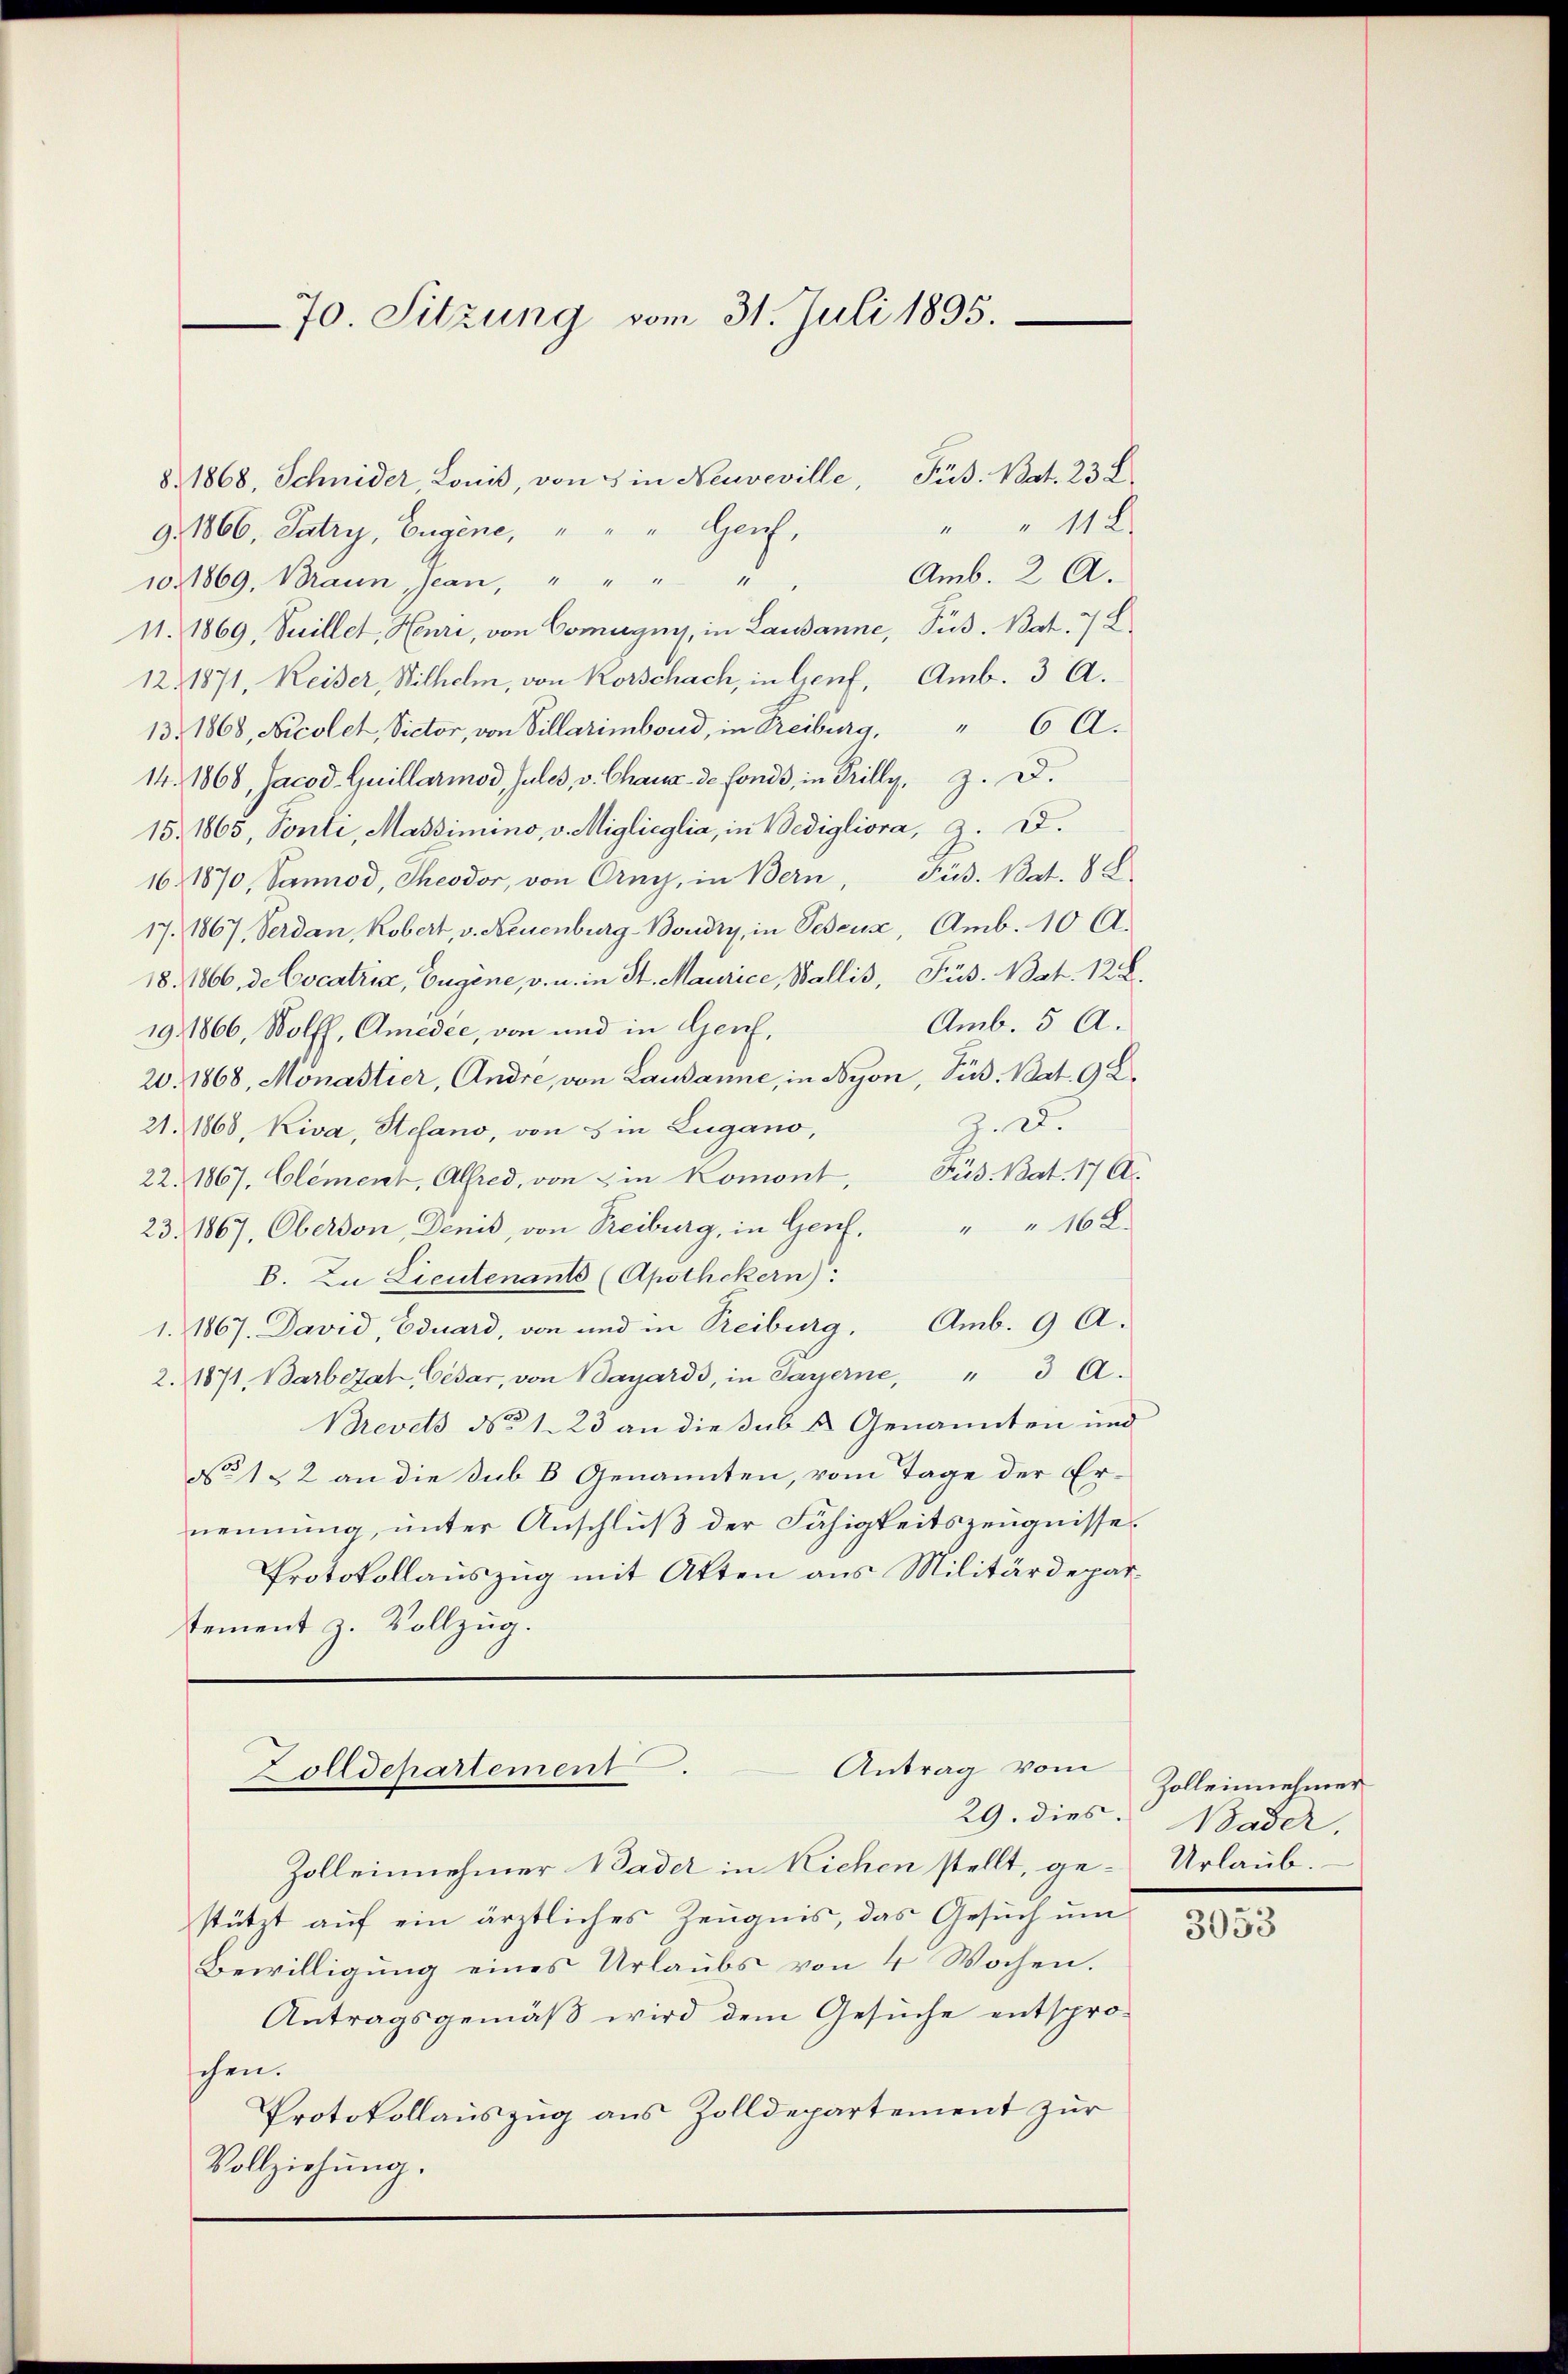
70. Sitzung vom 31. Juli 1895.

8. 1868, Schnider Lonis, von 5 in Neuveville, Fuß. Nat. 23. L
" " 11 x
g. 1866, Patry, Eugene, " " " Genf,
Amb. 2 A.
101869. Braun, Jean, " " " "
11. 1869, Seillet, Henri, von Comignys, in Lausanne, Sus. Bat. 7 L
12, 1871, Keiser, Wilhelm, von Korschach, in Genf, Amb. 3 A.
13. 1868, Nicolet, Victor, von Villarimbord, in Freiburg, " 6 A.
14. 1868, Jacod. Guillarmod, Jules, v. Chaux de fonds, in Prilly, J. D.
15. 1865, Ponte, Massimino, v. Miglioglia, in Bedigliora, Z. D.
16. 1870, Sannod, Theodor, von Orny, in Bern, Püs. Bat. 8 8
17. 1867, Verdan, Robert, v. Neuenburg-Boudry, in Bedeux, Amb. 10 A.
18. 1866, de Cocatria, Eugine, v. u. in St. Maurice, Wallis, Füs. Nat. 128.
Amb. 5 A.
19. 1866, Wolff, Amedee, von und in Genf,
20. 1868, Monastier, Andre, von Lausanne, in Nyon, Sus. Bat. 9 L.
Z. 2.
21. 1868, Kiva, Stefano, von 3 in Lugano,
22. 1867, Clement, Alfred, von in Komont, Püs. Bat. 17 A
23. 1867, Oberson, Denis, von Freiburg, in Genf. " " 16 x
B. Zu Lieutenants (Apothekern):
1. 1867. David, Eduard, von und in Treiburg, Amb. 9 A.
2. 1871, Barbezat Cesar, von Bayards, in Payerne, " 3 A.
Brevets No 123 an die sub u. Genannten und
No 132 an die Sub B. Genannten, vom Tage der Ernennung, unter Anschluß der Fähigkeitszeugnisse.
Protokollauszug mit Atten aus Militärdepartement z. Vollzug.

Antrag vom
Zolldepartement.

Zolleinnehmer 1 Pader in Kichen stellt, ge-
stützt auf ein ärztliches Zeugnis, das Gesuch um
Bewilligung eines Urlaubs von 4 Wochen.
Antragsgemäß wird dem Gesuche entsprochen.
Protokollauszug aus Zolldepartement zur
Vollziehung.

Zolleinehmer
29. dies Bader,
Urlaub.

3053